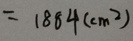
= 1 8 8 4 ( c m ^ { 2 } )